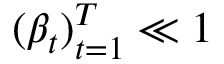
( \beta _ { t } ) _ { t = 1 } ^ { T } \ll 1